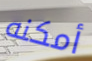
أمكنه